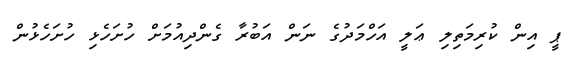
ޕީ އިން ކުރިމަތިލި ޢަލީ އަހްމަދުގެ ނަން އަބުރާ ގެންދިއުމަށް ހުށަހެޅި ހުށަހެޅުން